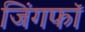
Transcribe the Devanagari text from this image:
जिंगफाॅ